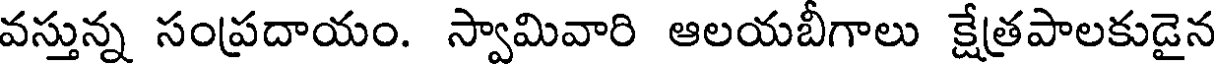
వస్తున్న సంప్రదాయం. స్వామివారి ఆలయబీగాలు క్షేత్రపాలకుడైన